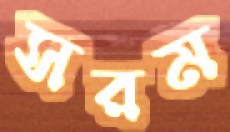
সরম